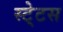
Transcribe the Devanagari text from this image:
स्‍टे्टस